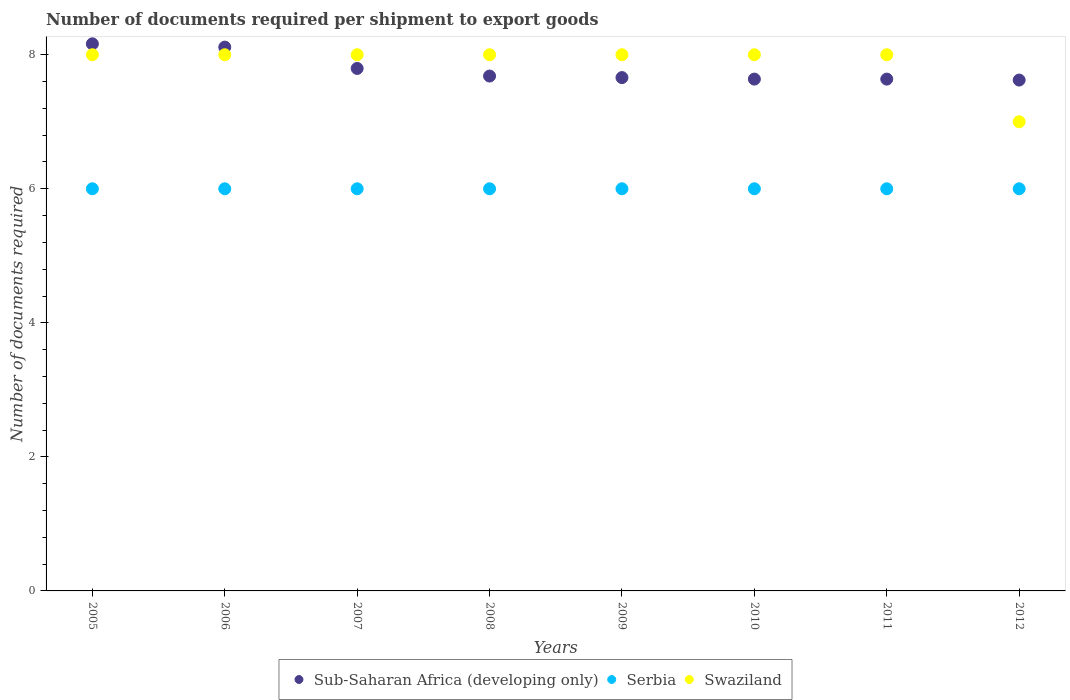
| Years | Sub-Saharan Africa (developing only) | Serbia | Swaziland |
 | --- | --- | --- | --- |
 | 2005 | 8.16 | 6 | 8 |
 | 2006 | 8.11 | 6 | 8 |
 | 2007 | 7.8 | 6 | 8 |
 | 2008 | 7.68 | 6 | 8 |
 | 2009 | 7.66 | 6 | 8 |
 | 2010 | 7.64 | 6 | 8 |
 | 2011 | 7.64 | 6 | 8 |
 | 2012 | 7.62 | 6 | 7 |